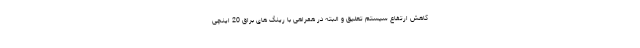
کاهش ارتفاع سیستم تعلیق و البته در همراهی با رینگ های براق 20 اینچی